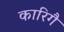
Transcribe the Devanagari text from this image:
कारिगै